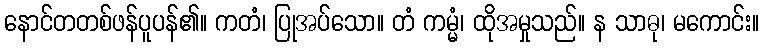
နောင်တတစ်ဖန်ပူပန်၏။ ကတံ၊ ပြုအပ်သော။ တံ ကမ္မံ၊ ထိုအမှုသည်။ န သာဓု၊ မကောင်း။